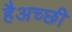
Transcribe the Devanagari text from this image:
हैअच्छी